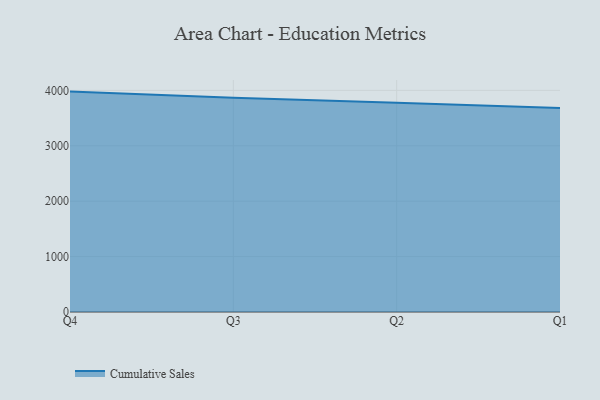
{"axis": {"x": "Quarter", "y": "Backlog"}, "legend": ["Cumulative Sales"], "data": [{"x": "Q4", "y": 3977.8, "type": "Cumulative Sales"}, {"x": "Q3", "y": 3865.9, "type": "Cumulative Sales"}, {"x": "Q2", "y": 3776.4, "type": "Cumulative Sales"}, {"x": "Q1", "y": 3681.5, "type": "Cumulative Sales"}]}